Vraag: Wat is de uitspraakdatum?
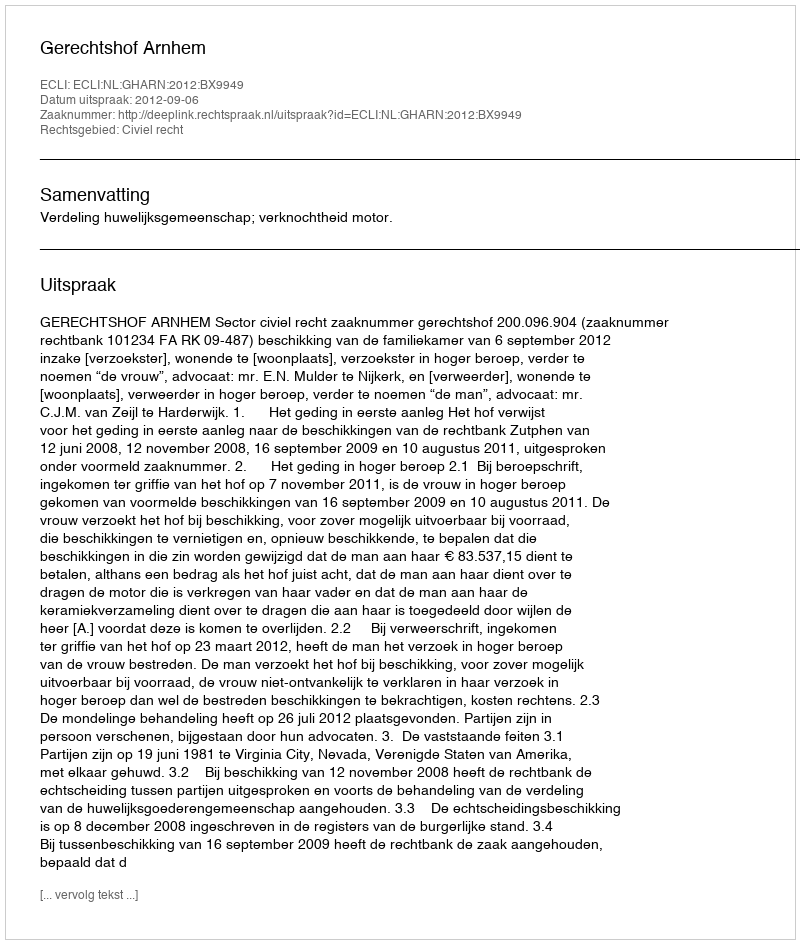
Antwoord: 2012-09-06